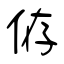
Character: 侟